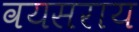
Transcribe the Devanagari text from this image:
वयसराय